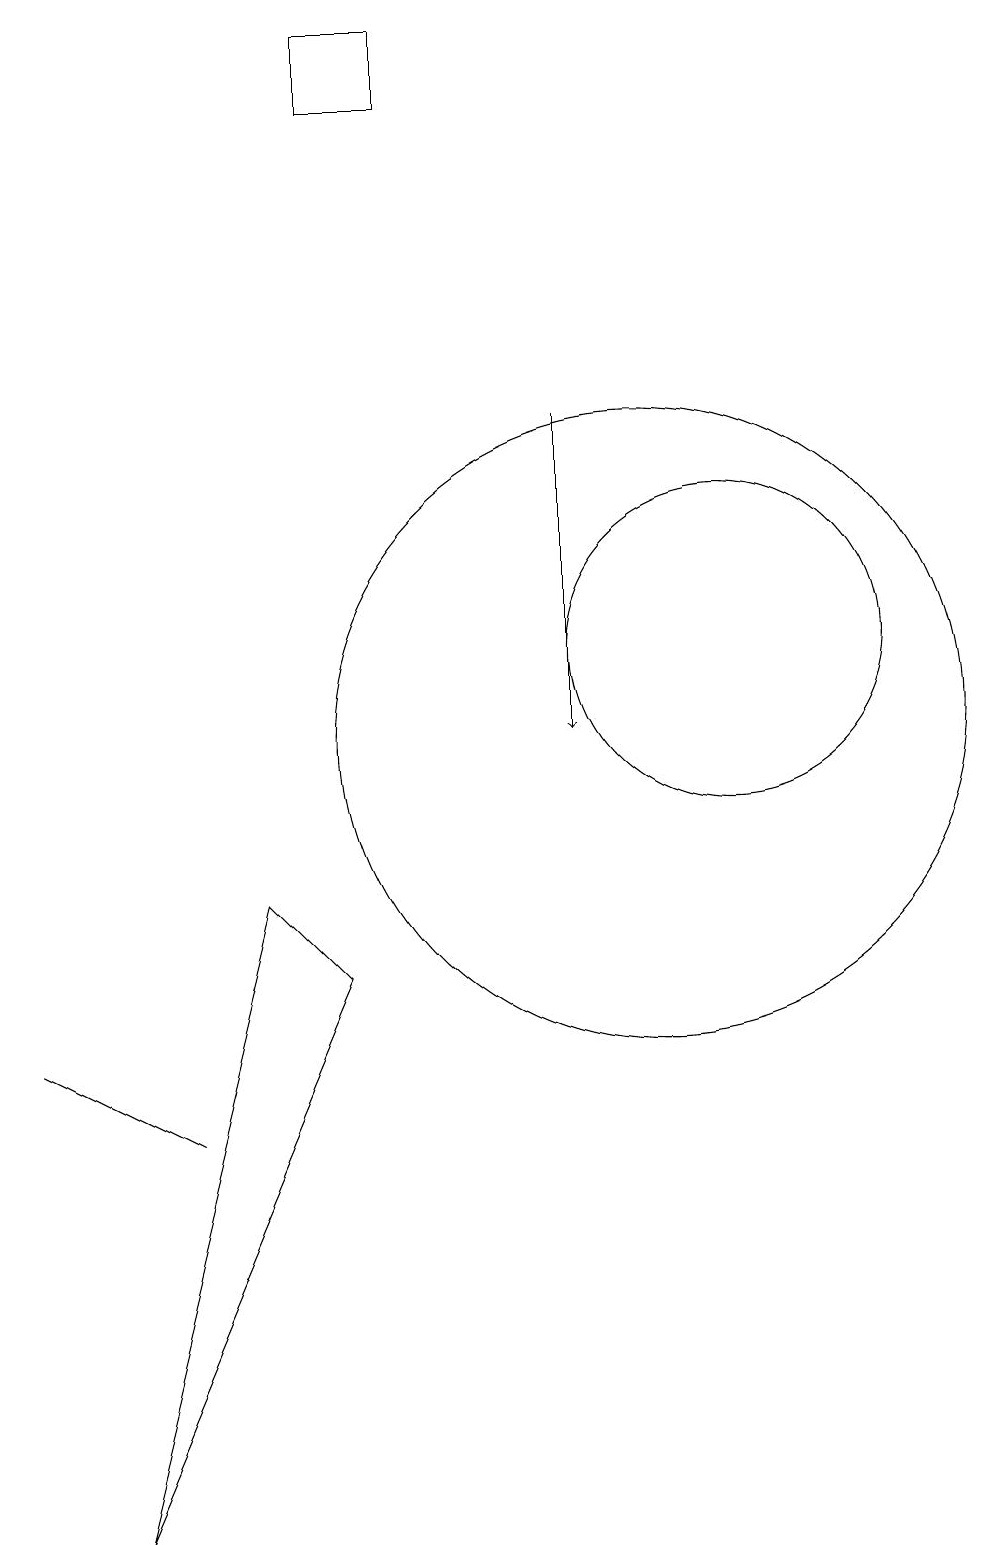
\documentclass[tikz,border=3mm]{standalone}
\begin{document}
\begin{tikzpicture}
\draw (2,6) -- (4,5) -- (4,5) -- cycle;
\draw (3,0) -- (5,8) -- (6,7) -- cycle;
\draw (10,10) circle (4);
\draw (6,19) rectangle (7,18);
\draw (11,11) circle (2);
\draw[->] (9,14) -- (9,10);
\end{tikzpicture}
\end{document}